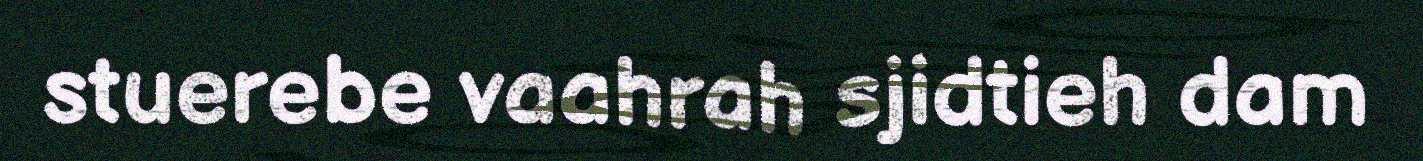
stuerebe vaahrah sjidtieh dam